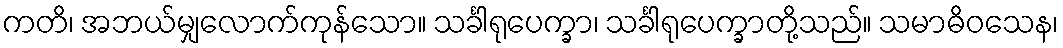
ကတိ၊ အဘယ်မျှလောက်ကုန်သော။ သင်္ခါရုပေက္ခာ၊ သင်္ခါရုပေက္ခာတို့သည်။ သမာဓိဝသေန၊